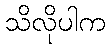
သိလိုပါက